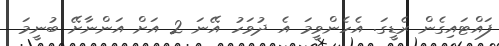
ފައްޓައިގެން ރެޑީގަ. އެހެންވީމަ އެ ދުވަހު އޭނަ 2 އަށް އަންނާށޭ ބުނީމަ